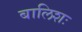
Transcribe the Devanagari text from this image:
बालिशः